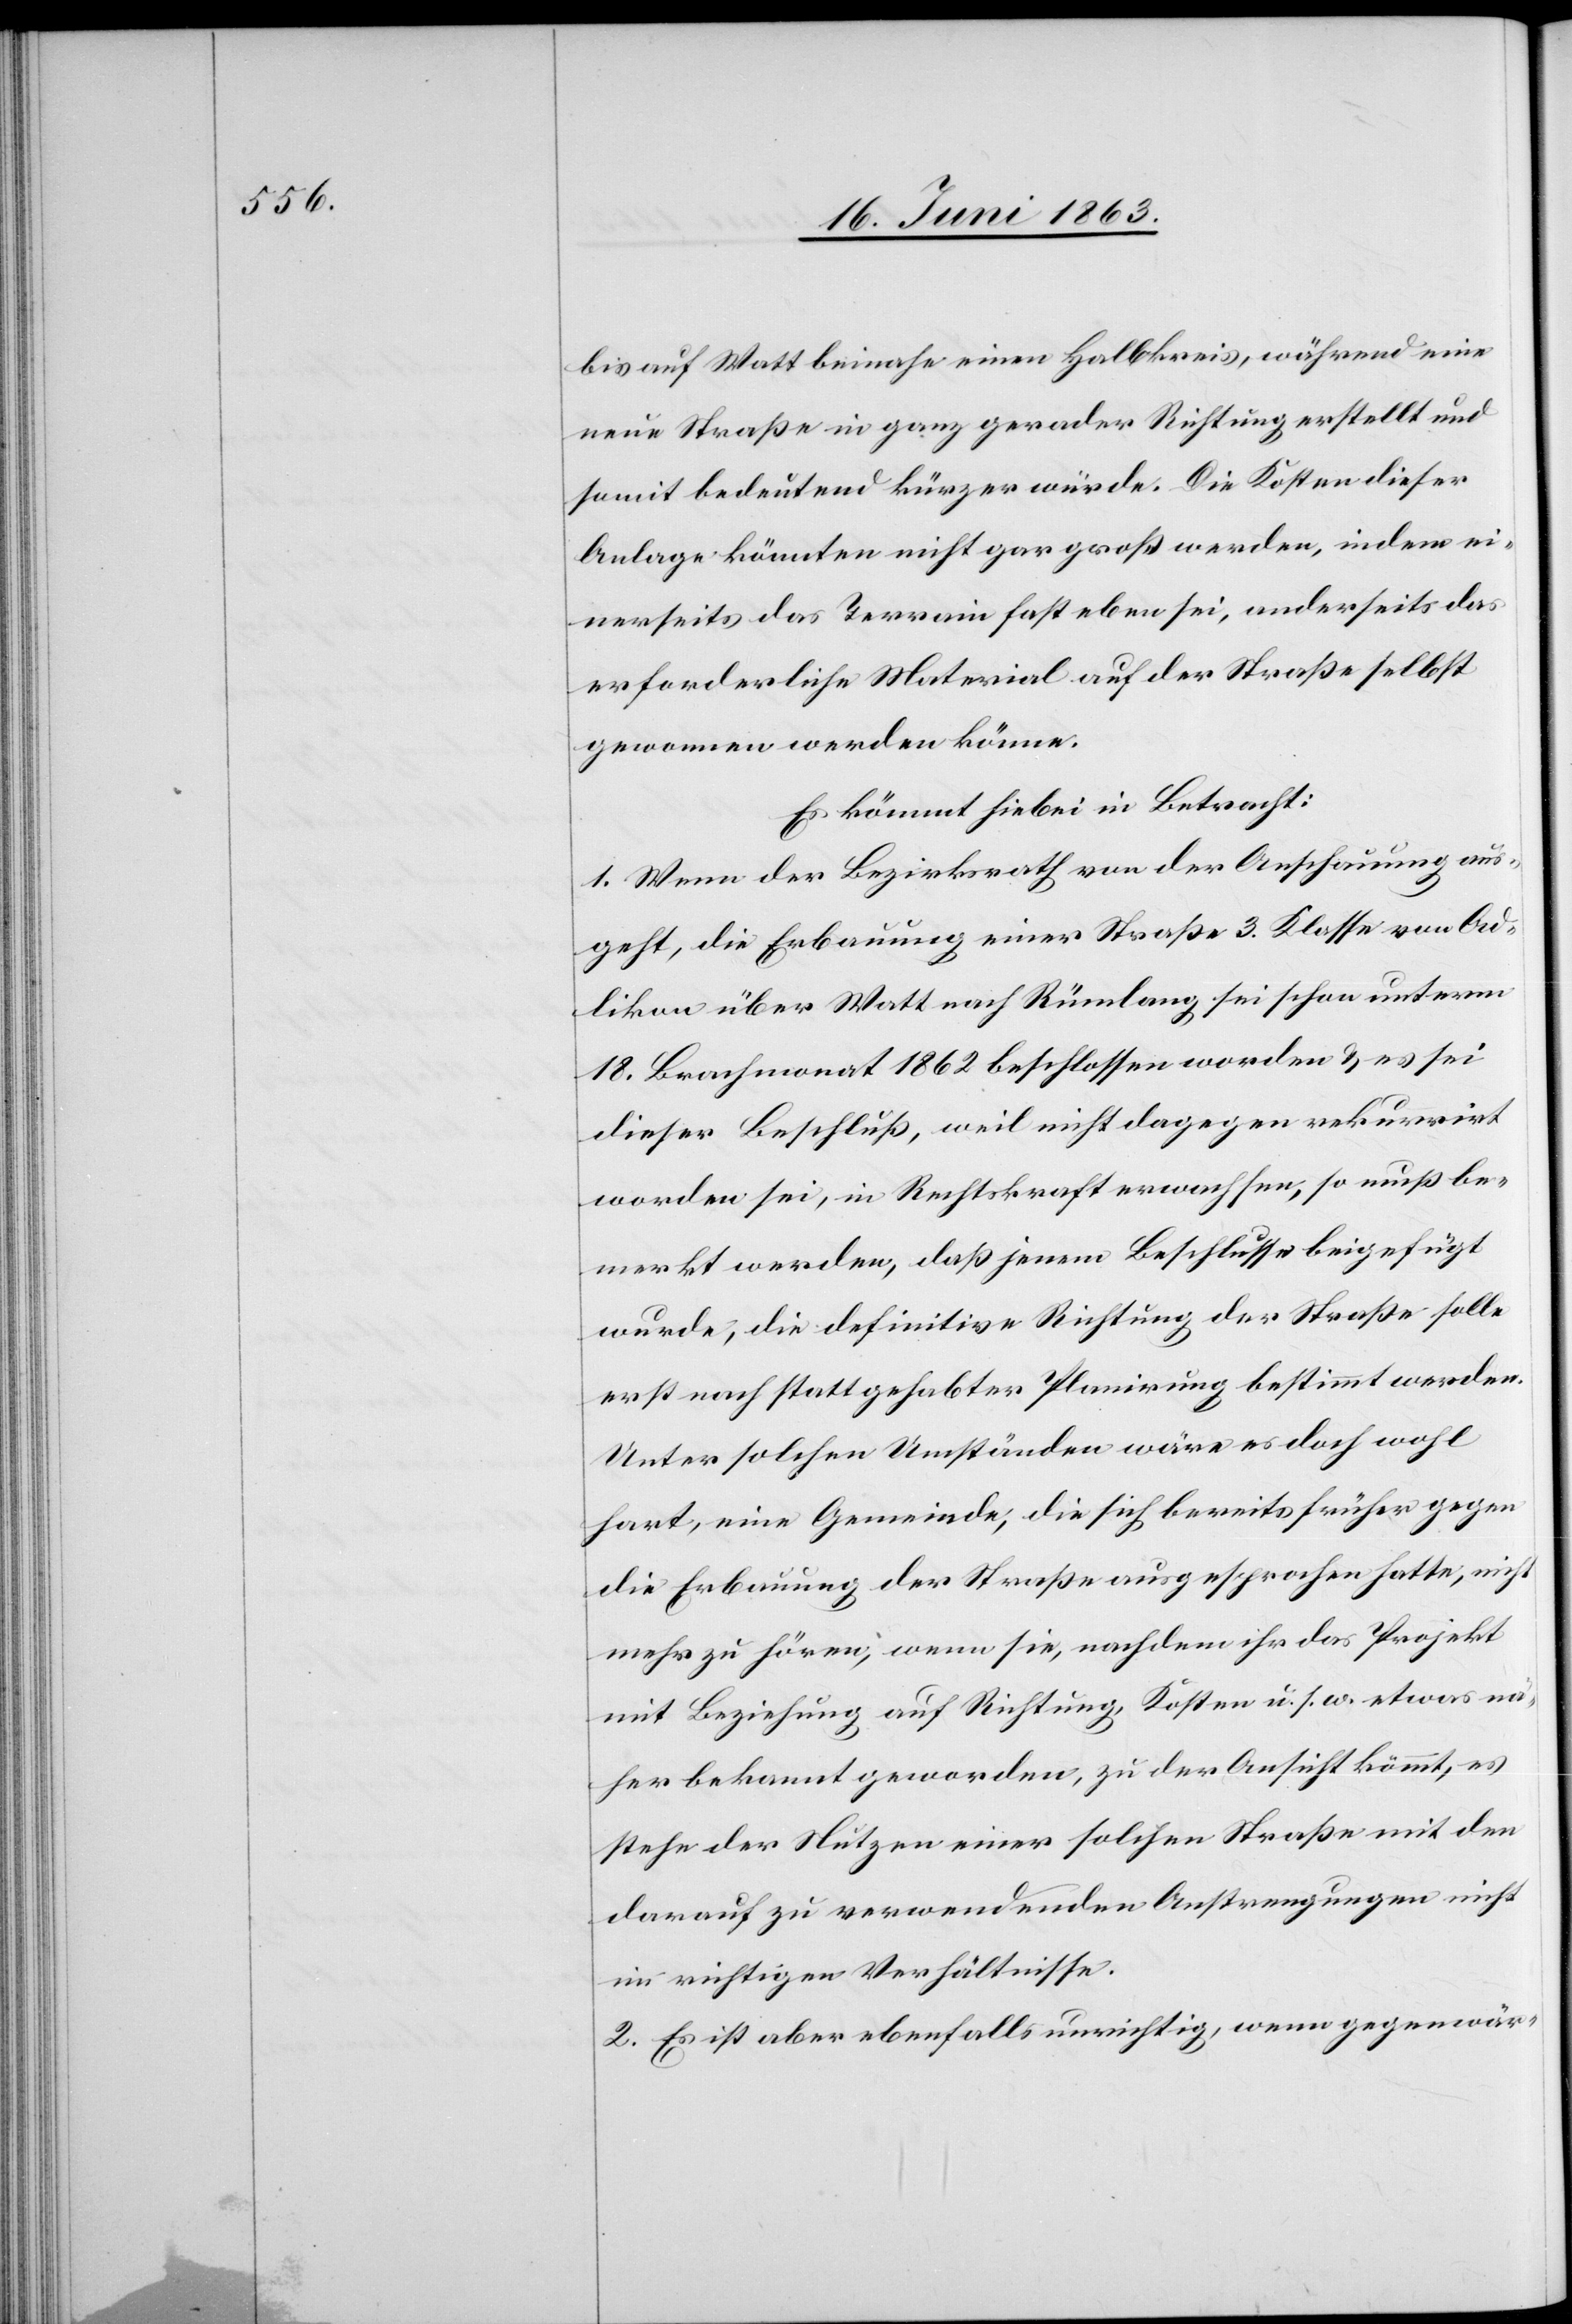
bis auf Watt beinahe einen Halbkreis, während eine
neue Straße in ganz gerader Richtung erstellt und
somit bedeutend kürzer würde. Die Kosten dieser
Anlage könnten nicht gar groß werden, indem ei¬
nerseits das Terrain fast eben sei, anderseits das
erforderliche Material auf der Straße selbst
gewonnen werden könne.
Es kömmt hiebei in Betracht:
1. Wenn der Bezirksrath von der Anschauung aus¬
geht, die Erbauung einer Straße 3. Klasse von Ad¬
likon über Watt nach Rümlang sei schon unterm
18. Brachmonat 1862 beschlossen worden & es sei
dieser Beschluß, weil nicht dagegen rekurrirt
worden sei, in Rechtskraft erwachsen, so muß be¬
merkt werden, daß jenem Beschlusse beigefügt
werde, die definitive Richtung der Straße solle
erst nach stattgehabter Planirung bestimmt werden.
Unter solchen Umständen wäre es doch wohl
hart, eine Gemeinde, die sich bereits früher gegen
die Erbauung der Straße ausgesprochen hatte, nicht
mehr zu hören, wenn sie, nachdem ihr das Projekt
mit Beziehung auf Richtung, Kosten u. s. w. etwas nä¬
her bekannt geworden, zu der Ansicht kömmt, es
stehe der Nutzen einer solchen Straße mit den
darauf zu verwendenden Anstrengungen nicht
im richtigen Verhältnisse.
2. Es ist aber ebenfalls unrichtig, wenn gegenwär-